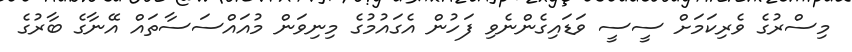
މިސްރުގެ ވެރިކަމަށް ސީސީ ވަޑައިގެންނެވި ފަހުން އެގައުމުގެ މިނިވަން މުއައްސަސާތައް އޭނާގެ ބާރުގެ